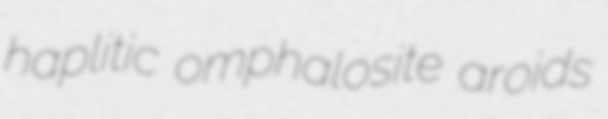
haplitic omphalosite aroids